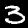
Digit: 3